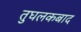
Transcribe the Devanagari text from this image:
तुघलकबाद